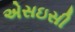
એસઇસી